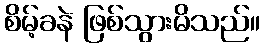
စိမ့်ခနဲ ဖြစ်သွားမိသည်။